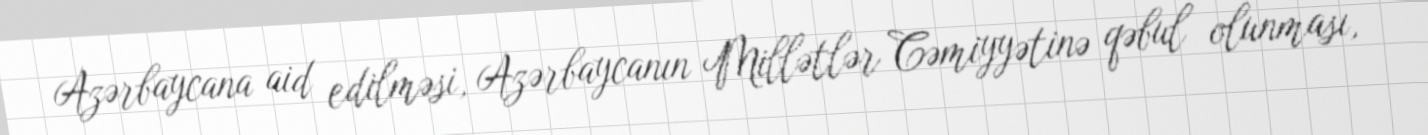
Azərbaycana aid edilməsi, Azərbaycanın Millətlər Cəmiyyətinə qəbul olunması,